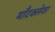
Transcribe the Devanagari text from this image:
माँटक्लेयर